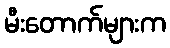
မီးတောက်များက